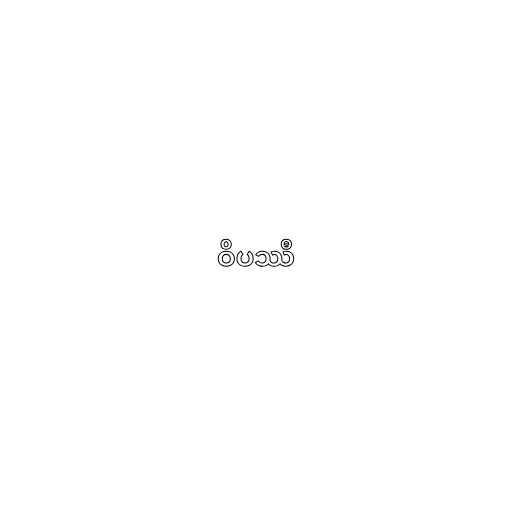
ဝိပဿီ